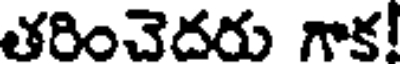
తరించెదరు గాక!